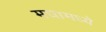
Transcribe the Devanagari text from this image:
मघामध्ये